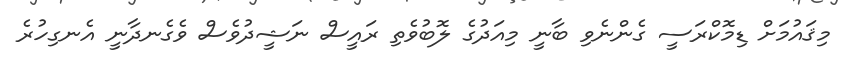
މިޤައުމަށް ޑިމޮކްރަސީ ގެންނެވި ބާނީ މިއަދުގެ ލޮބުވެތި ރައީސް ނަޝީދުވެސް ވެގެނދާނީ އެނގިހުރެ